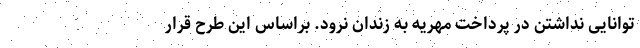
توانایی نداشتن در پرداخت مهریه به زندان نرود. براساس این طرح قرار